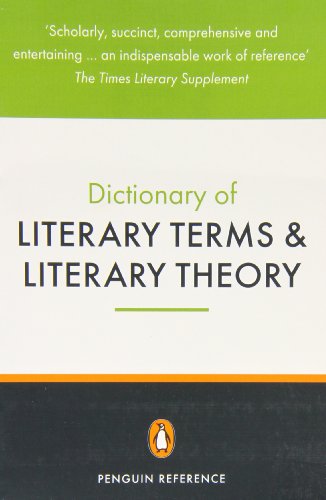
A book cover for The Penguin Dictionary of Literary Terms and Literary Theory (Penguin Dictionary); J. A. Cuddon; Reference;